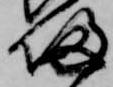
帰